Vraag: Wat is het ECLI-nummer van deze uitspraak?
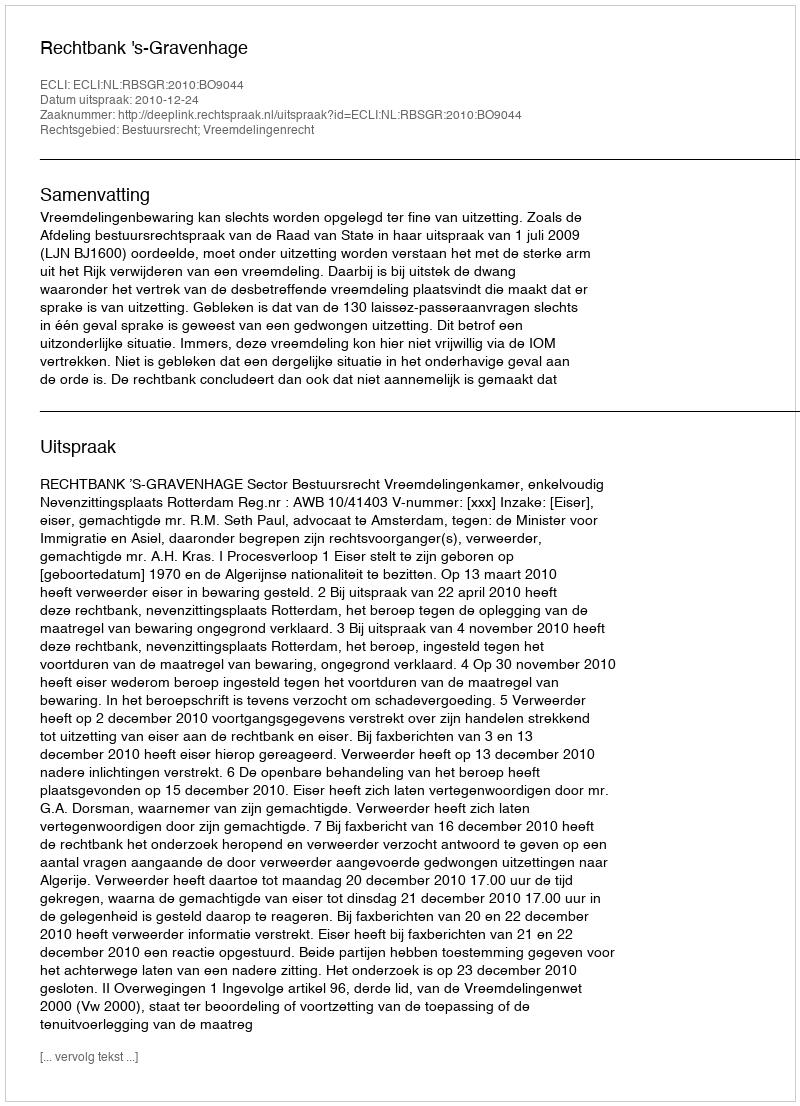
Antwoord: ECLI:NL:RBSGR:2010:BO9044